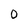
Character: 0